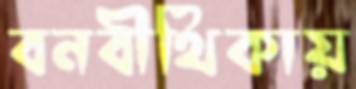
বনবীথিকায়